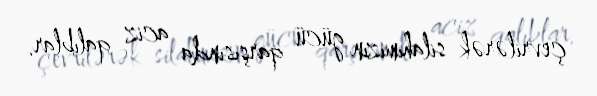
çevrilərək silahımızın gücü qarşısında aciz qalıblar.